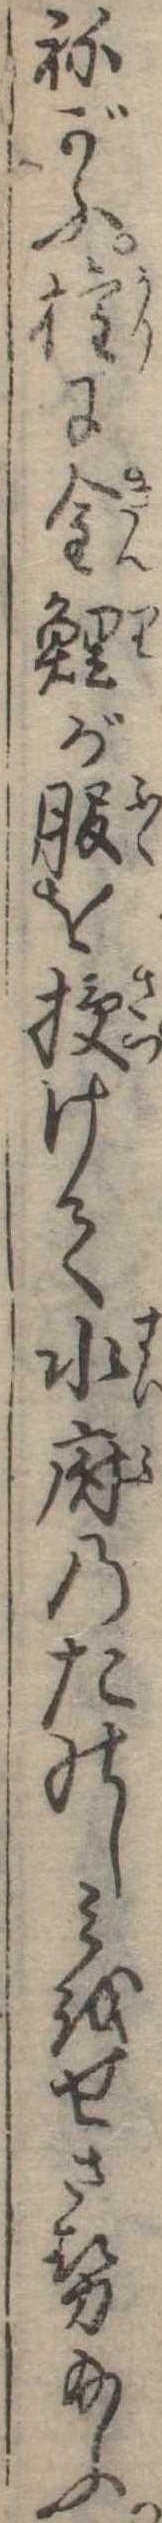
ねがふ権に金鯉が服を授けて水府のたのしみをせさせ給ふ